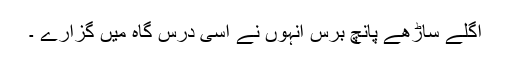
اگلے ساڑھے پانچ برس انہوں نے اسی درس گاہ میں گزارے ۔